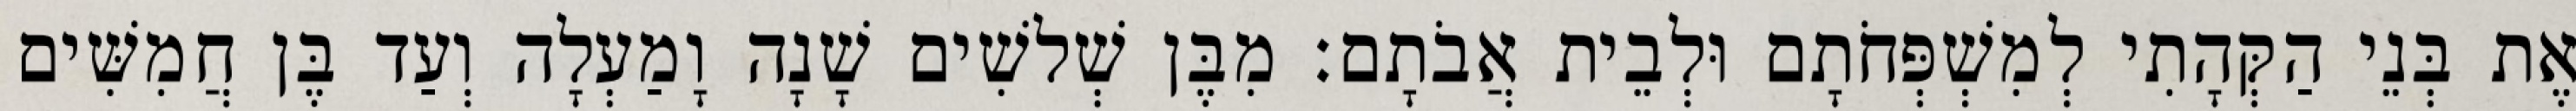
אֶת בְּנֵי הַקְּהָתִי לְמִשְׁפְּחֹתָם וּלְבֵית אֲבֹתָם׃ מִבֶּן שְׁלשִׁים שָׁנָה וָמַעְלָה וְעַד בֶּן חֲמִשִּׁים